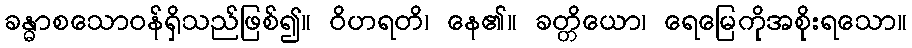
ခန္ဓာစသောဝန်ရှိသည်ဖြစ်၍။ ဝိဟရတိ၊ နေ၏။ ခတ္တိယော၊ ရေမြေကိုအစိုးရသော။